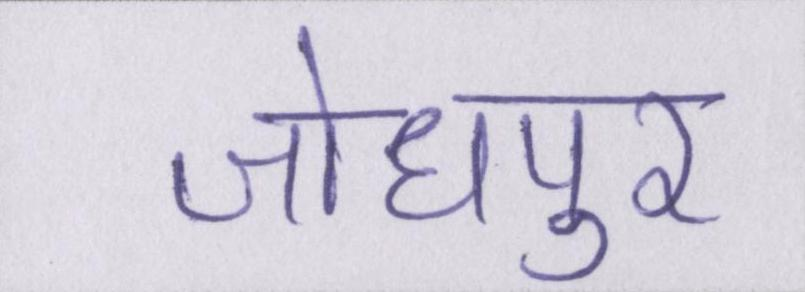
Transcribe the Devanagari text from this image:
जोधपुर